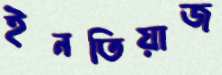
ইনতিয়াজ